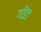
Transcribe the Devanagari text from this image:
गॉइड